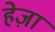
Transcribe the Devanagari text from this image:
हेज़ा